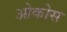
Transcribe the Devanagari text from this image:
ओकोस